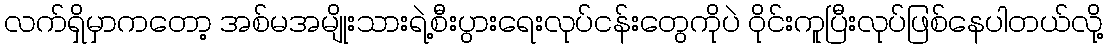
လက်ရှိမှာကတော့ အစ်မအမျိုးသားရဲ့စီးပွားရေးလုပ်ငန်းတွေကိုပဲ ဝိုင်းကူပြီးလုပ်ဖြစ်နေပါတယ်လို့